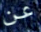
عن